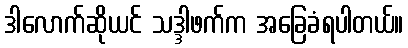
ဒါလောက်ဆိုယင် သဒ္ဒါဖက်က အခြေခံရပါတယ်။